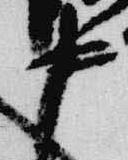
中